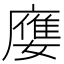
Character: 𡢦